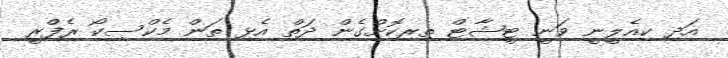
އަދި ކިއެލީނީ ވަނީ ޓީޝާޓް ތިރިކޮށްގެން ދަތް އެޅި ތަން މެކްސިކޯ ރެފްރީ